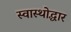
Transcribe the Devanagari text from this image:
स्वास्थोद्धार